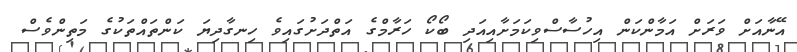
އޭނާއަށް ވަރަށް އަމާންކަން އިހުސާސްވިކަމަށާއިއަދި ބޯކޯ ހަރާމްގެ އަތްދަށުގައިވެ ހިނގާދިޔަ ކަންތައްތަކުގެ މަތިންވެސް